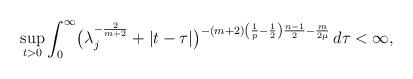
LaTeX: \begin{align*}\sup \limits_{t>0} \int_0^{\infty} \bigl( \lambda_j^{-\frac 2 {m+2}}+|t-\tau|\bigr)^{-(m+2) \left(\frac{1}{p}-\frac{1}{2}\right)\frac{n-1}{2} - \frac{m}{2\mu}}\, d\tau < \infty,\end{align*}